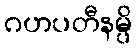
ဂဟပတီနမ္ပိ